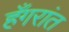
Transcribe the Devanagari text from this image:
हँगरांत